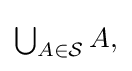
{\textstyle \bigcup _{A\in {\mathcal {S}}}A,}